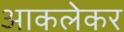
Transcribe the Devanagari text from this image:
आकलेकर